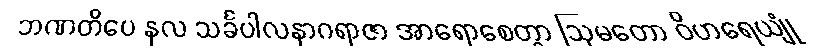
ဘဏတိပေ နလ သင်္ခပါလနာဂရာဇာ အာရောစေတွာ ဩမတော ဝိဟရေယျုံ